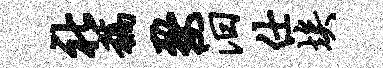
社稿婺汨仕埃